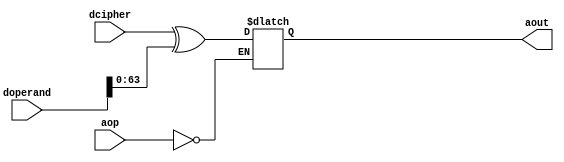
module arithmetic(dcipher, doperand, aout, aop);
input [1:0] aop;
input [63:0] dcipher;
input [79:0] doperand;
output [63:0] aout;
reg [63:0] aout;
always @(*)
begin
if (aop==00)
aout <= dcipher^doperand;
else if(aop==11)
aout <= dcipher^doperand;
end
endmodule